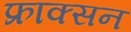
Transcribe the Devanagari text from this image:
फ्राक्सन